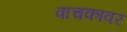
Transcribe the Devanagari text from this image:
वाचकावर